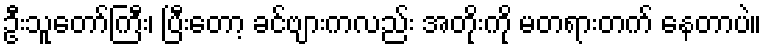
ဦးသူတော်ကြီး၊ ပြီးတော့ ခင်ဗျားကလည်း အတိုးကို မတရားတက် နေတာပဲ။